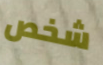
شخص